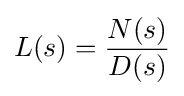
L(s)={\frac {N(s)}{D(s)}}